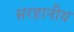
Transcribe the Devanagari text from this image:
सरहानीय